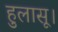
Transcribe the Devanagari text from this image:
हुलासू।